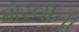
મોરલીની